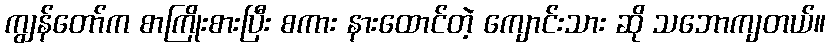
ကျွန်တော်က စာကြိုးစားပြီး စကား နားထောင်တဲ့ ကျောင်းသား ဆို သဘောကျတယ်။